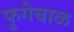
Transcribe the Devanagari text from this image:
फुगेचाळ